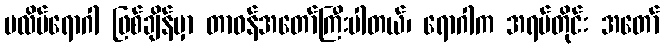
ပလိပ်ရောဂါ ဖြစ်ချိန်မှာ တာဝန်အတော်ကြီးပါတယ်၊ ရောဂါက အရပ်တိုင်း အတော်